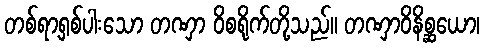
တစ်ရာ့ရှစ်ပါးသော တဏှာ ဝိစရိုက်တို့သည်။ တဏှာဝိနိစ္ဆယော၊